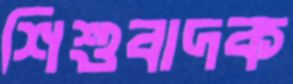
শিশুবাদক